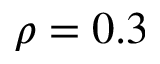
\rho = 0 . 3